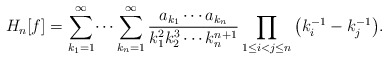
\begin{gather*}H_n[f]=\sum_{k_1=1}^\infty\dotsi\sum_{k_n=1}^\infty\frac{a_{k_1}\dotsb a_{k_n}}{k_1^2k_2^3\cdots k_n^{n+1}}\prod_{1\le i<j\le n}\big(k_i^{-1}-k_j^{-1}\big).\end{gather*}